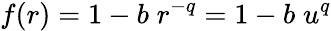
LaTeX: f(r)=1-b\; r^{-q}=1-b\; u^{q}